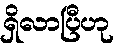
ရှိလာပြီဟု